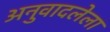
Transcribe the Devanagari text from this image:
अनुवादलेला